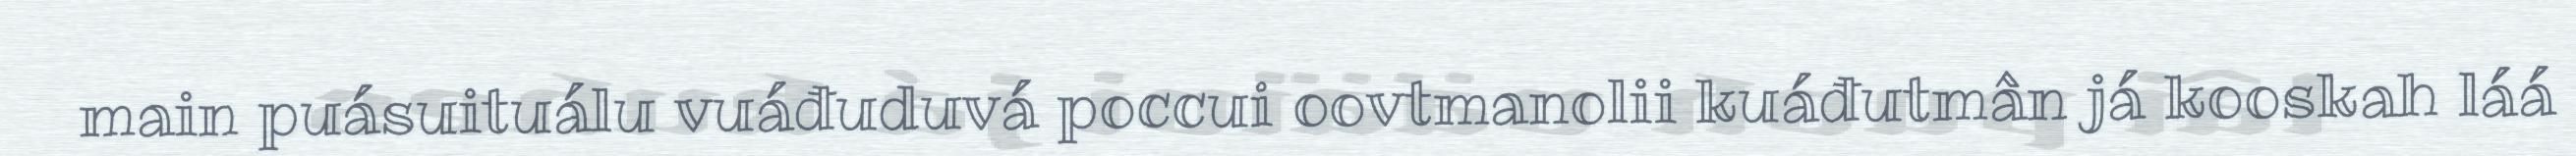
main puásuituálu vuáđuduvá poccui oovtmanolii kuáđutmân já kooskah láá